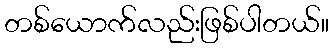
တစ်ယောက်လည်းဖြစ်ပါတယ်။